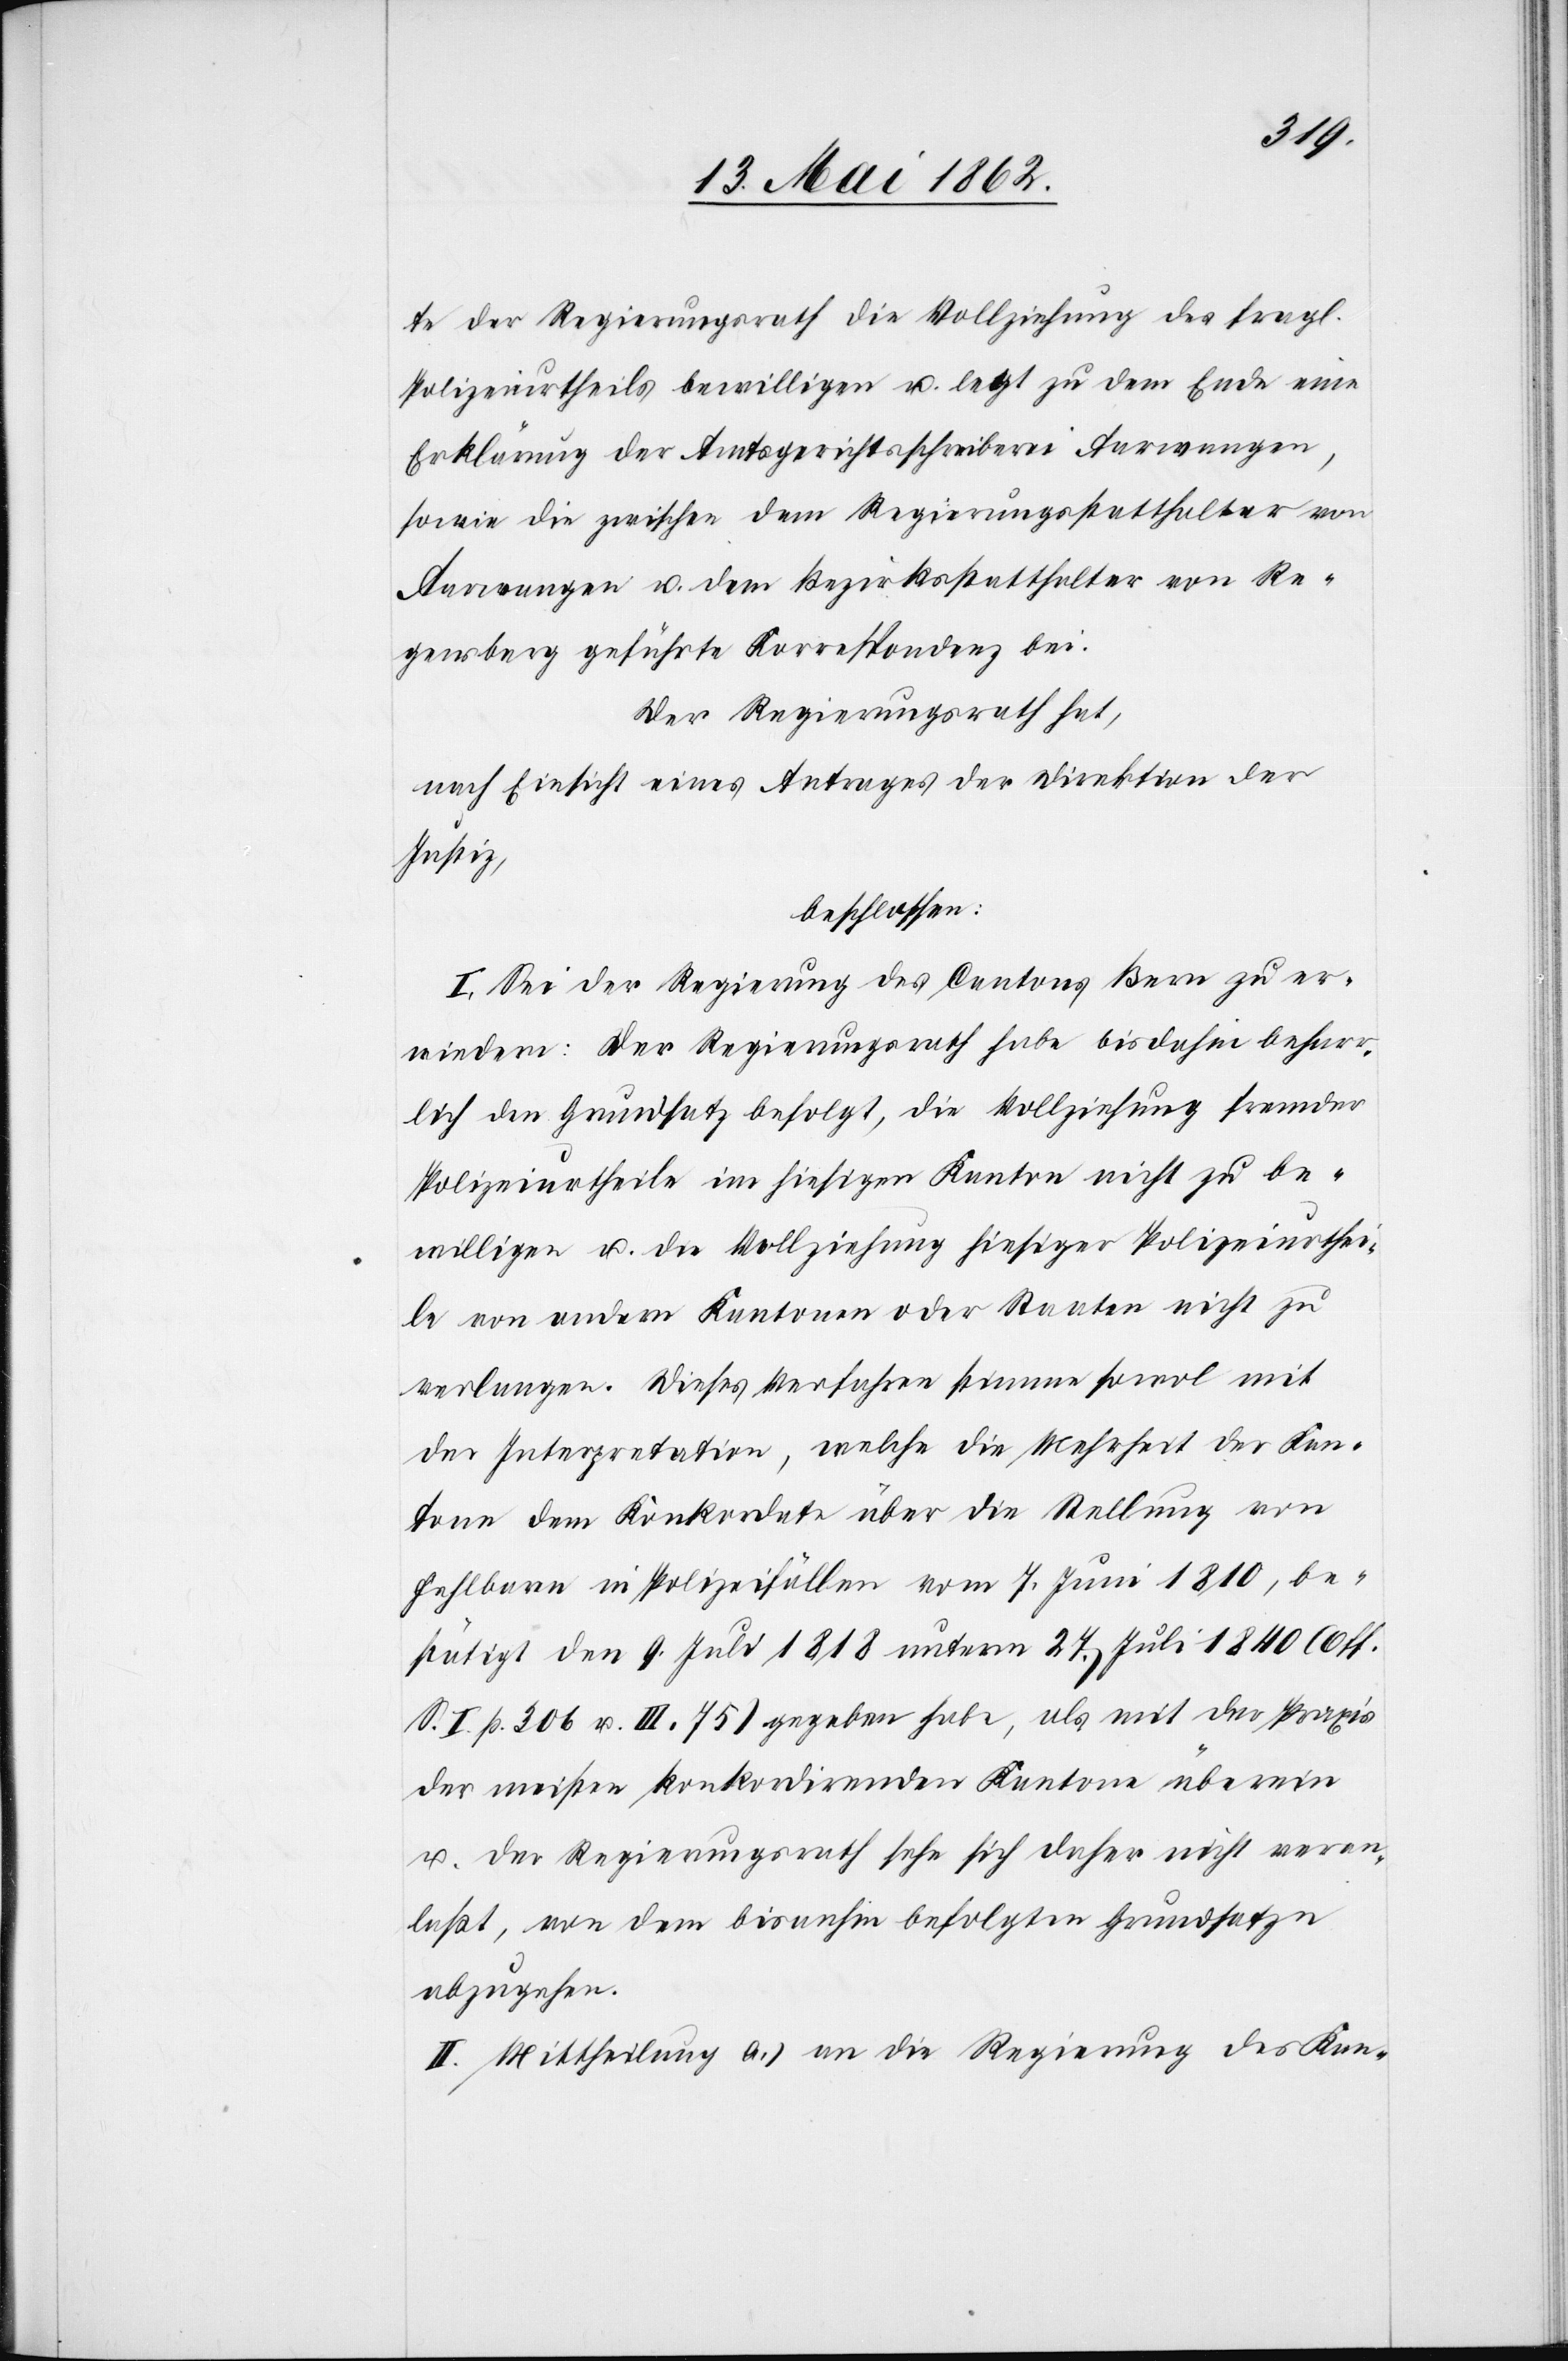
te der Regierungsrath die Vollziehung des fragl.
Polizeiurtheils bewilligen u. legt zu dem Ende eine
Erklärung der Amtsgerichtsschreiberei Aarwangen,
sowie die zwischen dem Regierungsstatthalter von
Aarwangen u. dem Bezirksstatthalter von Re¬
gensberg geführte Korrespondenz bei.
Der Regierungsrath hat,
nach Einsicht eines Antrages der Direktion der
Justiz,
beschlossen:
I. Sei der Regierung des Cantons Bern zu er¬
wiedern, Der Regierungsrath habe bis dahin beharr¬
lich den Grundsatz befolgt, die Vollziehung fremder
Polizeiurtheile im hiesigen Kanton nicht zu be¬
willigen u. die Vollziehung hiesiger Polizeiurthei¬
le von andern Kantonen oder Staaten nicht zu
verlangen. Dieses Verfahren stimme sowol mit
der Interpretation, welche die Mehrheit der Kan¬
tone dem Konkordate über die Stellung von
fehlbaren in Polizeifällen vom 7. Juni 1810, be¬
stätigt den 9. Juli 1818 unterm 27. Juli 1840 (Off.
II. Mittheilung a) an die Regierung des Kan-